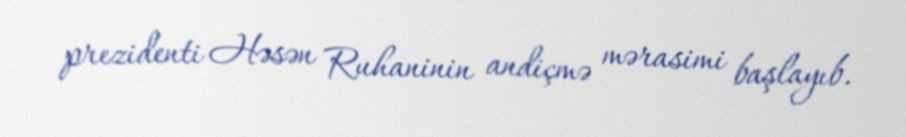
prezidenti Həsən Ruhaninin andiçmə mərasimi başlayıb.